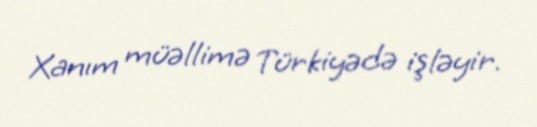
Xanım müəllimə Türkiyədə işləyir.